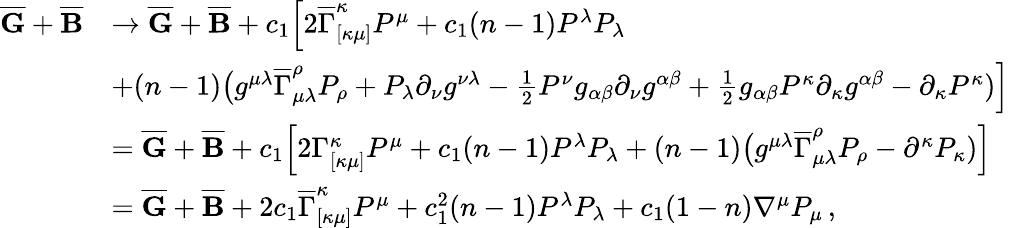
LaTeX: \begin{array}{rl}{\overline{{\mathbf{G}}}+\overline{{\mathbf{B}}}}&{\rightarrow\overline{{\mathbf{G}}}+\overline{{\mathbf{B}}}+c_{1}\Big[2\overline{{\Gamma}}_{[\kappa\mu]}^{\kappa}P^{\mu}+c_{1}(n-1)P^{\lambda}P_{\lambda}}\\ &{+(n-1)\big(g^{\mu\lambda}\overline{{\Gamma}}_{\mu\lambda}^{\rho}P_{\rho}+P_{\lambda}\partial_{\nu}g^{\nu\lambda}-\frac{1}{2}P^{\nu}g_{\alpha\beta}\partial_{\nu}g^{\alpha\beta}+\frac{1}{2}g_{\alpha\beta}P^{\kappa}\partial_{\kappa}g^{\alpha\beta}-\partial_{\kappa}P^{\kappa})\Big]}\\ &{=\overline{{\mathbf{G}}}+\overline{{\mathbf{B}}}+c_{1}\Big[2\Gamma_{[\kappa\mu]}^{\kappa}P^{\mu}+c_{1}(n-1)P^{\lambda}P_{\lambda}+(n-1)\big(g^{\mu\lambda}\overline{{\Gamma}}_{\mu\lambda}^{\rho}P_{\rho}-\partial^{\kappa}P_{\kappa})\Big]}\\ &{=\overline{{\mathbf{G}}}+\overline{{\mathbf{B}}}+2c_{1}\overline{{\Gamma}}_{[\kappa\mu]}^{\kappa}P^{\mu}+c_{1}^{2}(n-1)P^{\lambda}P_{\lambda}+c_{1}(1-n)\nabla^{\mu}P_{\mu}\, ,}\end{array}